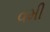
વમી